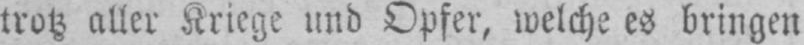
trotz aller Kriege und Opfer, welche es bringen